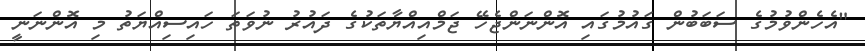
"އެހެންވުމުގެ ސަބަބުން ގައުމުގައި އޮންނަންޖެހޭ ޖަމްއިއްޔާތަކުގެ ދައުރު ނުވަތަ ހައިސިއްޔަތު މި އޮންނަނީ